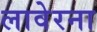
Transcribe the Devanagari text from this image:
लावेरना